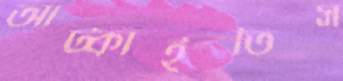
আট্‌কাইতিস